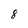
Character: 8